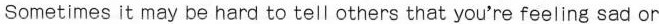
Sometimes it may be hard to tell others that you're feeling sad or